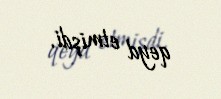
qeyd etmişdi.